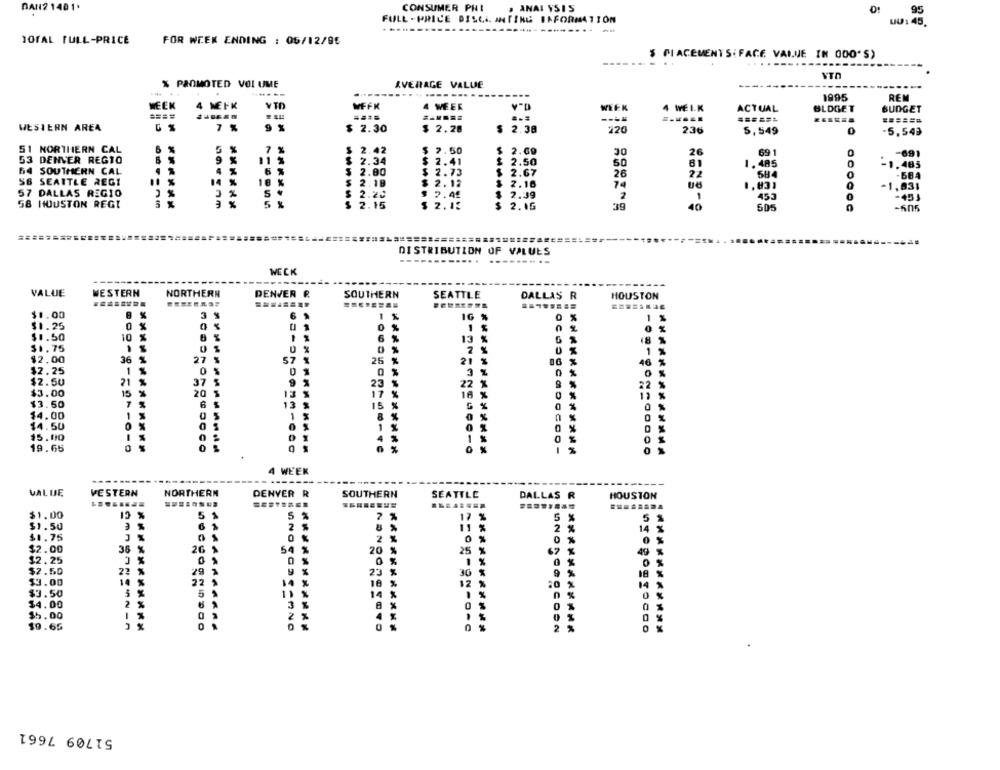
DAN2 1401.
CONSUMER PHI
· ANAL YSIS
95
FULL -PRICE DISCI ANTING INFORMATION
UU : 45.
JOFAL FULL-PRICE
FOR WEEK ENDING : 06/12/95
$ PLACEMENTS: FACE VALUE IN 000'S)
VTO
% PROMOTED VOI UME
AVERAGE VALUE
1995
REM
WEEK
4 MEFK
VID
MFFK
4 WEER
WEEK
4 WELK
ACTUAL
BLOGET
BUDGET
====
......
=== ===
WESTERN AREA
7 %
9 %
$ 2.30
$ 2.28
$ 2.38
220
236
5,549
0
-5,543
51 NORTHERN CAL
6 %
5 %
7 %
$ 2.42
$ 2.50
$ 2.69
69 1
-691
53 DENVER REGTO
9 %
11 %
$ 2.34
$ 2.41
$ 2.50
50
81
64 SOUTHERN CAL
6 %
1.485
-1.485
4 %
$ 2.00
2.73
$ 2.67
26
22
584
O
-68A
56 SEATTLE REGI
$ 2.18
$ 2.12
3
2.16
NNN
74
1.83)
-1,831
57 DALLAS REGIO
2 %
5
$ 2.22
2 %
$ 7.49
$ 2.39
2
453
0
- 45)
58 HOUSTON REGT
2.15
$ 2.13
$
39
40
505
-606
DISTRIBUTION OF VALUES
-----
WECK
VALUE
WESTERN
DENVER P.
NORTHERN
SOUTHERN
SEATTLE
DALLAS R
HOUSTON
........
$1.00
3
6
1 %
1G
1
$1.25
0
0 %
$1.50
10
6 %
13
%
18
$1.75
0 %
$2.00
36
27
57
25 %
21
46
1
$2.25
0
1
$2.50
21
37
23
22
$3.00
15
20
1F
11
$3.50
6
13
15
%
14.00
14.50
15.00
19.65
4 WEEK
VALUE
VESTERN
NORTHERN
DENVER R
SOUTHERN
SEATTLE
DALLAS R
HOUSTON
........
........
$1.00
15 %
5 %
2 %
17 %
5
5
$1.50
61
2
8 %
11 %
2 %
14
$1.75
2 %
0 %
0
26 1
$2.00
36
%
54 %
20 %
25 %
49
$2.25
0
1 %
$2.50
22
%
29
%
23
30 %
$3.00
14 %
22
18
12
$3.50
3 %
5
14
1 %
$4.00
%
$5.00
$9.65
51709 7661